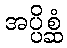
အပ္ပိစ္ဆံ